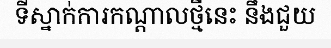
ទីស្នាក់ការកណ្តាលថ្មីនេះ នឹងជួយ